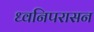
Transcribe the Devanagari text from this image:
ध्वनिपरासन